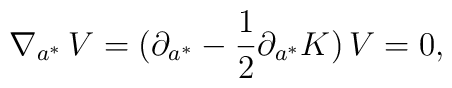
\nabla_{a^*}\,V=(\partial_{a^*}-{1\over 2}\partial_{a^*}K)\,V=0,